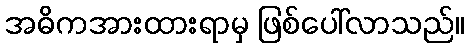
အဓိကအားထားရာမှ ဖြစ်ပေါ်လာသည်။